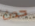
حدث